Report on sanitation, dispensaries, and jails in Rajputana for 1918, and on vaccination for the year 1918-1919 - 1918-1919
Year: 1918
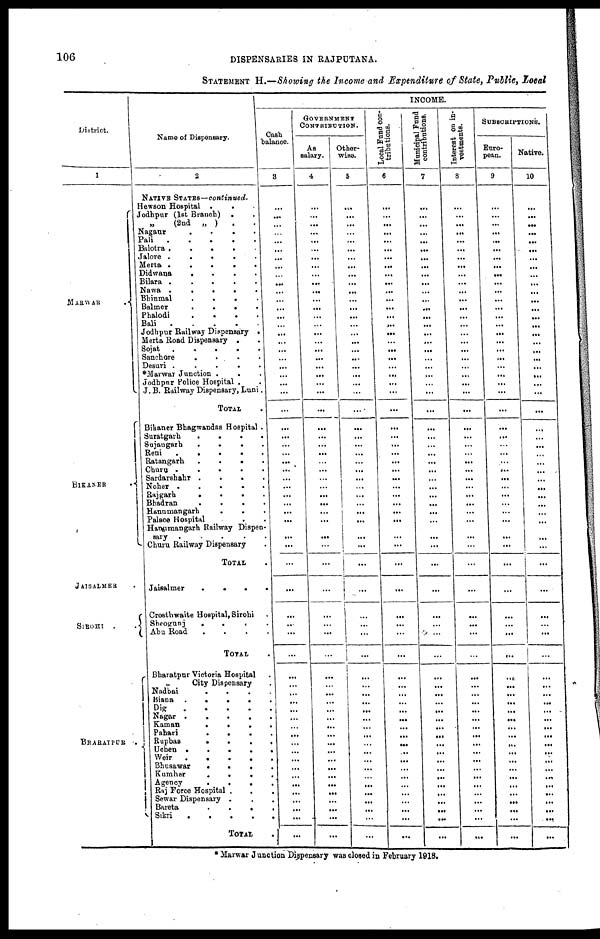
106
DISPENSARIES IN RAJPUTANA.
STATEMENT H.—Showing the Income and Expenditure of State, Public, Local
District.
1
MARWAR .
BIKANER .
JAISALMER .
SIROHI .
.
BHARATPUR .
Name of Dispensary.
2
NATIVE STATES—continued.
Hewson Hospital .
. .
Jodhpur (1st Branch) . .
(2nd
„ )
. .
Nagaur
.
.
.
.
Pali
.
.
.
.
.
Balotra .
.
.
.
.
Jalore .
.
.
.
.
Merta .
.
.
.
.
Didwana
.
.
.
.
Bilara .
.
.
.
.
Nawa .
.
.
.
.
Bhinmal
.
.
.
.
Balmer
.
.
.
.
Phalodi
.
.
.
.
Bali
.
.
.
.
.
Jodhpur Railway Dispensary .
Merta Road Dispensary . .
Sojat
.
.
.
.
.
Sanchore
.
.
.
.
Desuri .
.
.
.
.
*Marwar Junction . . .
Jodhpur Police Hospital . .
J. B. Railway Dispensary, Luni.
TOTAL .
Bikaner Bhagwandas Hospital .
Suratgarh
.
.
.
.
Sujangarh
.
.
.
.
Reni
.
.
.
.
.
Ratangarh
.
.
.
.
Churu .
.
.
.
.
Sardarshahr .
.
.
.
Noher .
.
.
.
.
Rajgarh
.
.
.
.
Bhadran
.
.
.
.
Hanumangarh
. . .
Palace Hospital . .
Hanumangarh Railway Dispen-
sary
.
.
.
.
.
Churu Railway Dispensary .
TOTAL .
Jaisalmer
.
.
.
.
Crosthwaite Hospital, Sirohi .
Sheogunj
.
.
.
.
Abu Road
.
.
.
.
TOTAL .
Bharatpur Victoria Hospital .
„
City Dispensary .
Nadbai
.
.
.
.
Biana .
.
.
.
.
Dig
. . . . .
Nagar .
.
.
.
.
Kaman
.
.
.
.
Pahari
.
.
.
.
Rupbas
.
.
.
.
Ucben
.
.
.
.
.
Weir.
.
.
.
.
Bhusawar
.
.
.
.
Kumher
.
.
.
.
Agency
. . . .
Raj Force Hospital . . .
Sewar Dispensary . . .
Bareta
.
.
. .
Sikri
.
.
.
.
.
TOTAL .
INCOME.
Cash
balance.
3
...
...
...
...
...
...
...
...
...
...
...
...
...
...
...
...
...
...
...
...
...
...
...
...
...
...
...
...
...
...
...
...
...
...
...
...
...
...
...
...
...
...
...
...
...
...
...
...
...
... ...
...
...
...
...
...
...
...
...
...
...
...
...
GOVERNMENT
CONTRIBUTION.
As
salary.
4
...
...
...
...
...
...
...
...
...
...
...
...
...
...
...
...
...
...
...
...
...
...
...
...
...
...
...
...
...
...
...
...
...
...
...
...
...
...
...
...
...
...
...
...
...
...
...
...
...
... ...
...
...
...
...
...
...
...
...
...
...
...
...
Other-
wise.
5
...
...
...
...
...
...
...
...
...
...
...
...
...
...
...
...
...
...
...
...
...
...
...
...
...
...
...
...
...
...
...
...
...
...
...
...
...
...
...
...
...
...
...
...
...
...
...
...
...
...
...
...
...
...
...
...
...
...
...
...
...
...
...
Local Fund con-
tributions.
6
...
...
...
...
...
...
...
...
...
...
...
...
...
...
...
...
...
...
...
...
...
...
...
...
...
...
...
...
...
...
...
...
...
...
...
...
...
...
...
...
...
...
...
...
...
...
...
...
...
...
...
...
...
...
...
...
...
...
...
...
...
...
...
Municipal Fund
contributions.
7
...
...
...
...
...
...
...
...
...
...
...
...
...
...
...
...
...
...
...
...
...
...
...
...
...
...
...
...
...
...
...
...
...
...
...
...
...
...
...
...
...
...
...
...
...
...
...
...
...
...
...
...
...
...
...
...
...
...
...
...
...
...
...
Interest on in-
vestments.
8
...
...
...
...
...
...
...
...
...
...
...
...
...
...
...
...
...
...
...
...
...
...
...
...
...
...
...
...
...
...
...
...
...
...
...
...
...
...
...
...
...
...
...
...
...
...
...
...
...
...
...
...
...
...
...
...
...
...
...
...
...
...
...
SUBSCRIPTIONS.
Euro-
pean.
9
...
...
...
...
...
...
...
...
...
...
...
...
...
...
...
...
...
...
...
...
...
...
...
...
...
...
...
...
...
...
...
...
...
...
...
...
...
...
...
...
...
...
...
...
...
...
...
...
...
...
...
...
...
...
...
...
...
...
...
...
...
...
...
Native.
10
...
...
...
...
...
...
...
...
...
...
...
...
...
...
...
...
...
...
...
...
...
...
...
...
...
...
...
...
...
...
...
...
...
...
...
...
...
...
...
...
...
...
...
...
...
...
...
...
...
...
...
...
...
...
...
...
...
...
...
...
...
...
...
* Marwar Junction Dispensary was closed in February 1918.